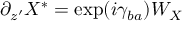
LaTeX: \partial _ { z ^ { \prime } } X ^ { * } = \exp ( i \gamma _ { b a } ) { \cal W } _ { X }